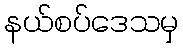
နယ်စပ်ဒေသမှ